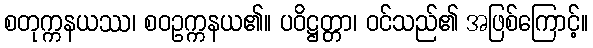
စတုက္ကနယဿ၊ စဝဥက္ကနယ၏။ ပဝိဋ္ဌတ္တာ၊ ဝင်သည်၏ အဖြစ်ကြောင့်။